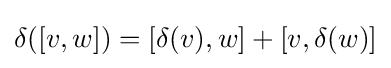
\delta ([v,w])=[\delta (v),w]+[v,\delta (w)]